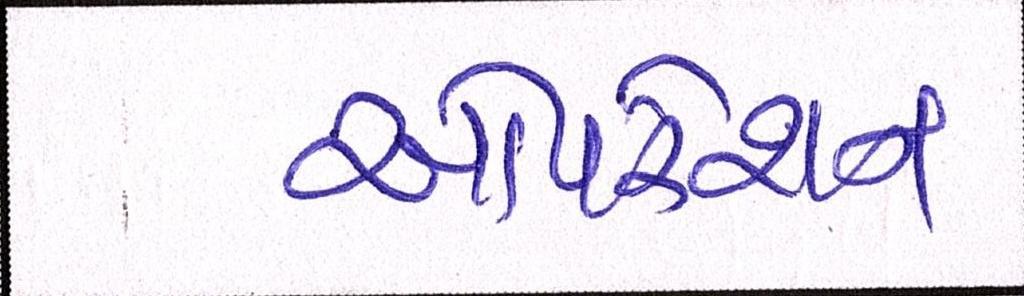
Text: ઓપરશન